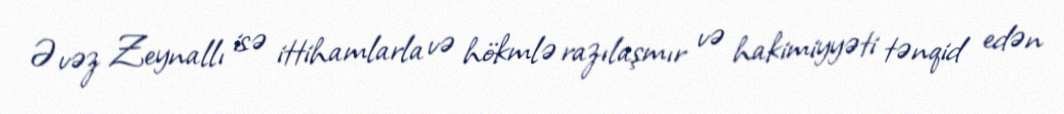
Əvəz Zeynallı isə ittihamlarla və hökmlə razılaşmır və hakimiyyəti tənqid edən